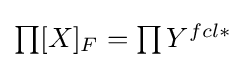
{\textstyle \prod [X]_{F}=\prod Y^{fcl\ast }}